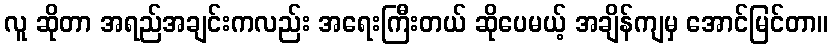
လူ ဆိုတာ အရည်အချင်းကလည်း အရေးကြီးတယ် ဆိုပေမယ့် အချိန်ကျမှ အောင်မြင်တာ။